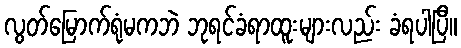
လွတ်မြောက်ရုံမကဘဲ ဘုရင်ခံရာထူးများလည်း ခံရပါပြီ။